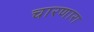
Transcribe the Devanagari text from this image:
चारणारा